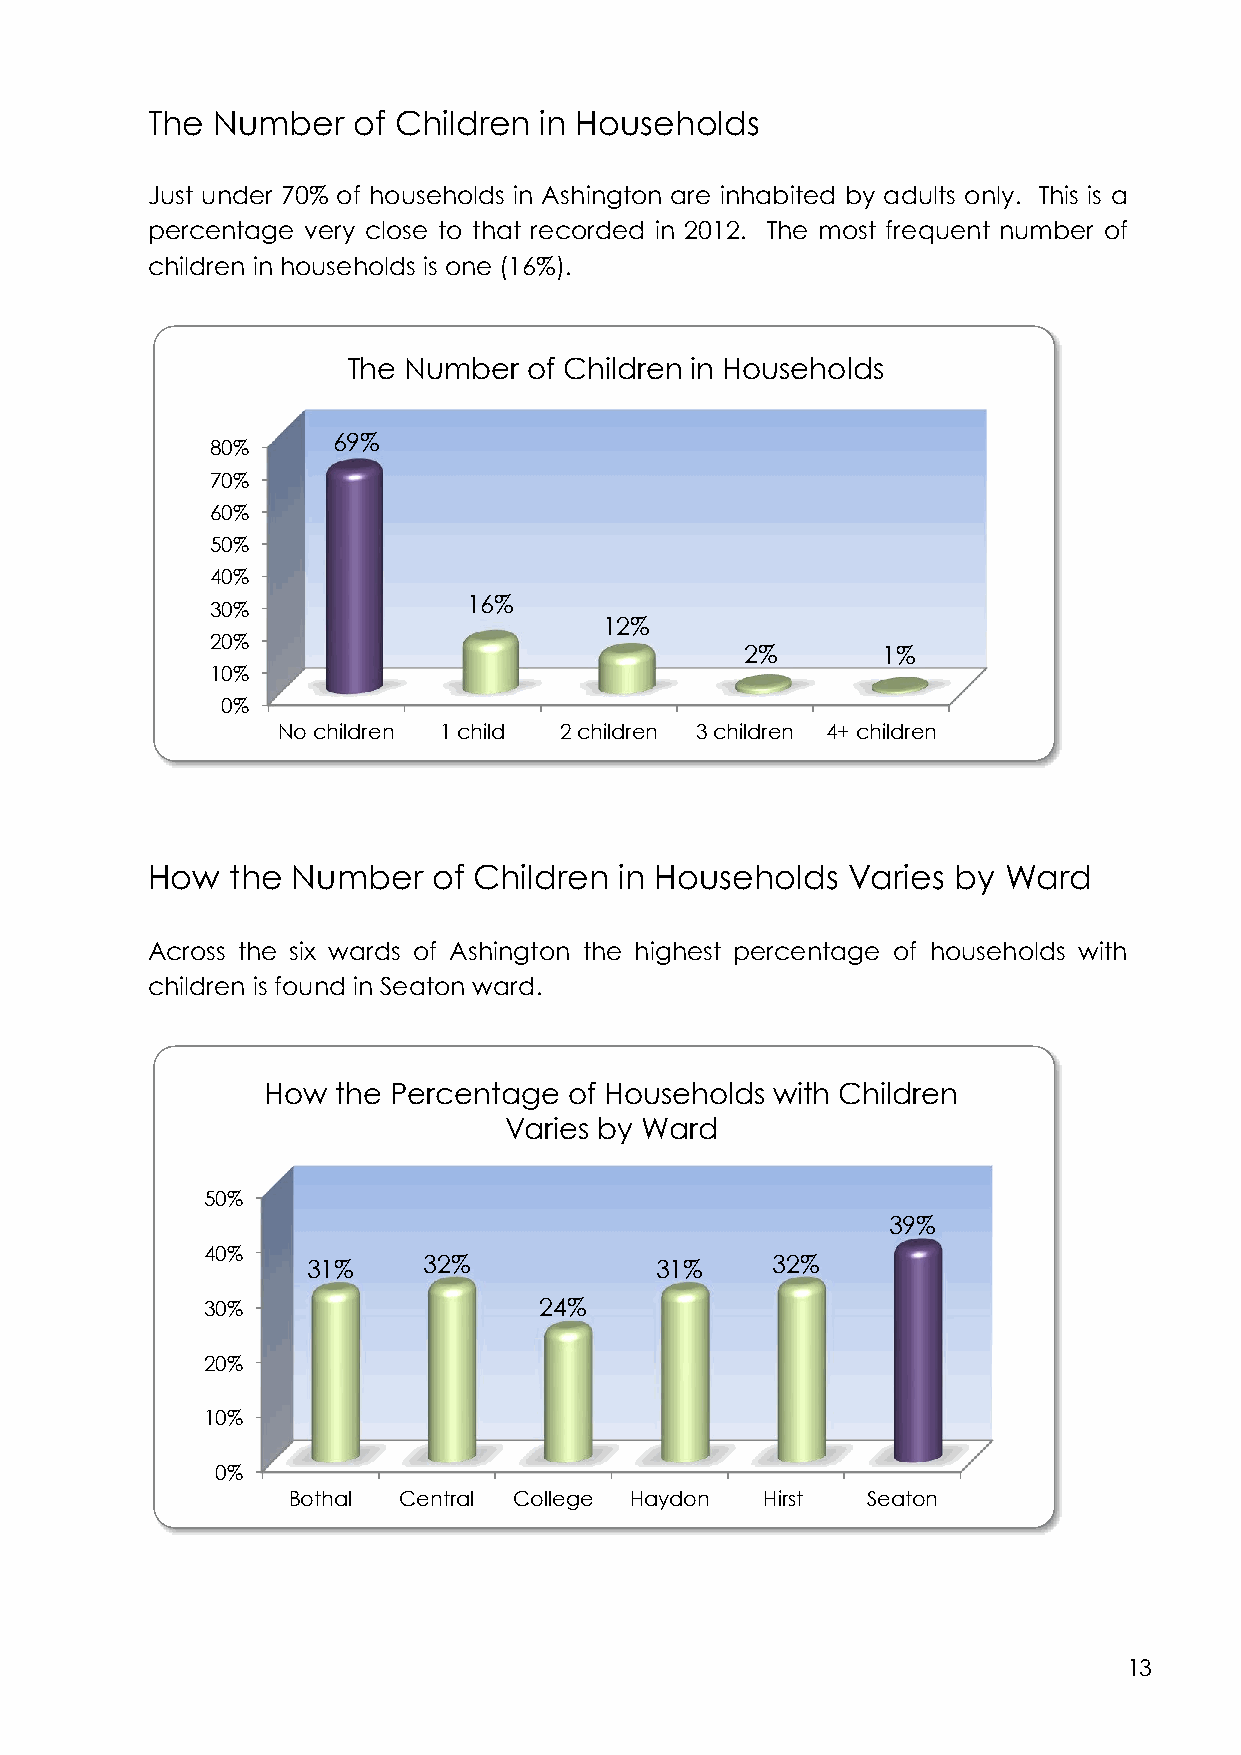
The Number   of Children  in Households
 Just under 70% of households in Ashington are inhabited by adults only. This is a
 percentage very close to that recorded in 2012. The most frequent number of
 children in households is one (16%).
 The Number  of Children in Households
 69%
 80%
 70%
 60%
 50%
 40%
 16%
 30%
 12%
 20%
 2%       1%
 10%
 0%
 No children 1 child 2 children 3 children 4+ children
 How  the Number    of Children in Households  Varies by  Ward
 Across the six wards of Ashington the highest percentage of households with
 children is found in Seaton ward.
 How  the Percentage  of Households with Children
 Varies by Ward
 50%
 39%
 40%
 31%     32%            31%     32%
 30%                    24%
 20%
 10%
 0%
 Bothal Central College Haydon   Hirst Seaton
 13